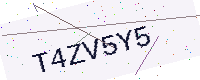
Text: T4ZV5Y5